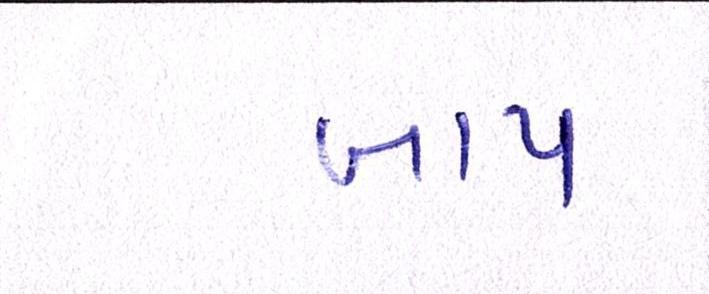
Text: બાપ